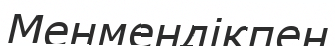
Менмендікпен